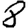
Digit: 8